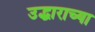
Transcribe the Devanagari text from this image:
उद्धाराच्या